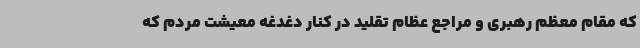
که مقام معظم رهبری و مراجع عظام تقلید در کنار دغدغه معیشت مردم که